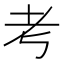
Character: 考